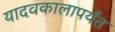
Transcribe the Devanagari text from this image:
यादवकालापर्यंत